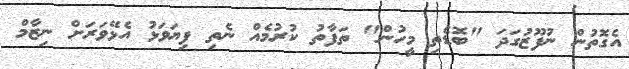
އެގޮތުން ނުފޫޒުގަދަ "ބޮޑެތި މީހުން" ތަފާތު ކުރުމެއް ނެތި ފިޔަވަޅު އެޅޭވަރަށް ނިޒާމް